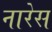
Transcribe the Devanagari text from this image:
नारेस